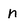
Character: n